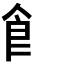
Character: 𩙿